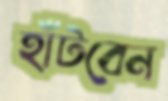
হাঁটবেন